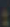
: